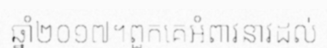
ឆ្នាំ២០១៧។ពួកគេអំពាវនាវដល់